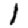
Digit: 1